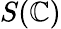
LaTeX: S(\mathbb{C})